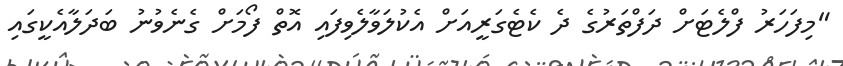
"މިފަހަރު ފްލެޓަށް ދަފްތަރުގެ ދެ ކެޓެގަރީއަށް އެކުލަވާލެވިފައި އޮތް ފޯމަށް ގެނެވުނު ބަދަލާއެކީގައި